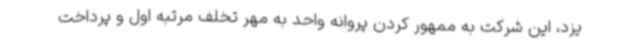
یزد، این شرکت به ممهور کردن پروانه واحد به مهر تخلف مرتبه اول و پرداخت